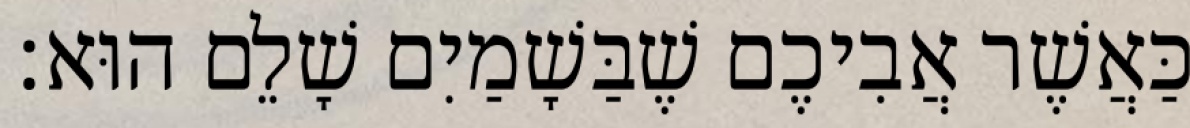
כַּאֲשֶׁר אֲבִיכֶם שֶׁבַּשָׁמַיִם שָׁלֵם הוּא׃